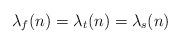
LaTeX: \begin{align*} \lambda_{f}(n) = \lambda_t(n) = \lambda_s(n)\end{align*}